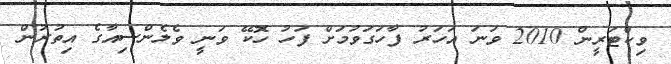
ވިކްޓަރީން 2010 ވަނަ އަހަރު ފާހަގަވުމަށް ފަހު ހޮކޭ ވަނީ ވެލެންސިއާގެ އިތުރުން